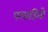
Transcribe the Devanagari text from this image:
पलाडिनो